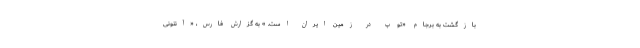
بازگشت به برجام «توپ در زمین ایران است. » به گزارش فارس، «آنتونی